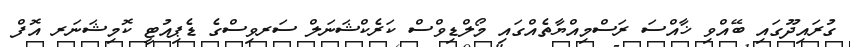
ގުރައިދޫގައި ބޭއްވި ޚާއްސަ ރަސްމިއްޔާތެއްގައި މޯލްޑިވްސް ކަރެކްޝަނަލް ސަރވިސްގެ ޑެޕިއުޓީ ކޮމިޝަނަރ އޮފް